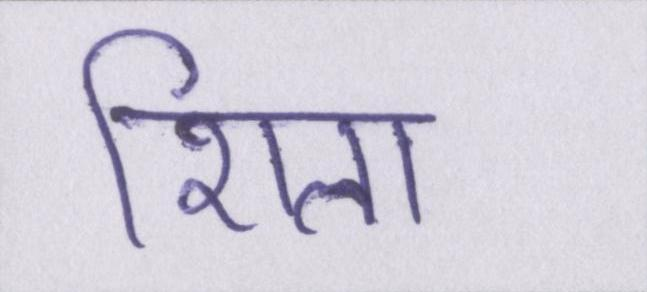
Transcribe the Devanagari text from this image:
शिला